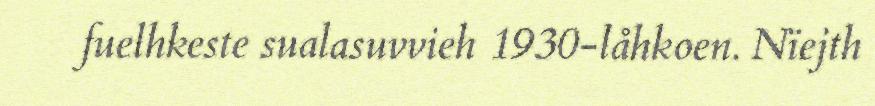
fuelhkeste sualasuvvieh 1930-låhkoen. Nïejth